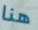
هنا